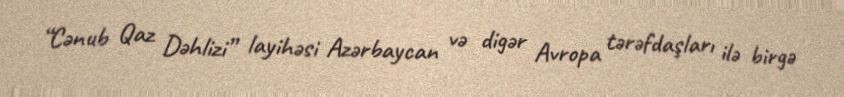
“Cənub Qaz Dəhlizi” layihəsi Azərbaycan və digər Avropa tərəfdaşları ilə birgə